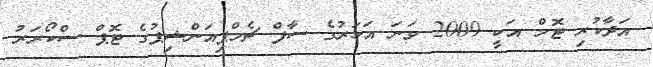
އަދާކުރި ޓޮމް އަކީ 2009 ވަނަ އަހަރުގެ ސާފް ޗެމްޕިއަންޝިޕުގެ ޓޮޕް ސްކޯރަރު